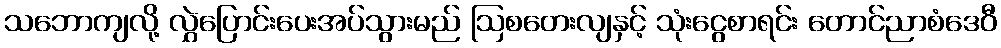
သဘောကျလို့ လွှဲပြောင်းပေးအပ်သွားမည် ဩစတေးလျနှင့် သုံးငွေစာရင်း တောင်ညာစံဒေဝီ